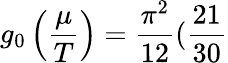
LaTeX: g_{0}\left(\frac{\mu}{T}\right)=\frac{\pi^{2}}{12}(\frac{21}{30}